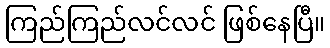
ကြည်ကြည်လင်လင် ဖြစ်နေပြီ။